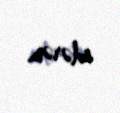
edərəm.